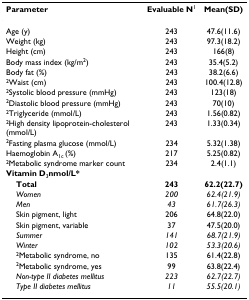
| Parameter | Evaluable N1 | Mean(SD) |
 | --- | --- | --- |
 | Age (y) | 243 | 47.6(11.6) |
 | Weight (kg) | 243 | 97.3(18.2) |
 | Height (cm) | 243 | 166(8) |
 | Body mass index (kg/m2) | 243 | 35.4(5.2) |
 | Body fat (%) | 243 | 38.2(6.6) |
 | 2Waist (cm) | 243 | 100.4(12.8) |
 | 2Systolic blood pressure (mmHg) | 243 | 123(18) |
 | 2Diastolic blood pressure (mmHg) | 243 | 70(10) |
 | 2Triglyceride (mmol/L) | 243 | 1.56(0.82) |
 | 2High density lipoprotein-cholesterol (mmol/L) | 243 | 1.33(0.34) |
 | 2Fasting plasma glucose (mmol/L) | 234 | 5.32(1.38) |
 | Haemoglobin A1c (%) | 217 | 5.25(0.82) |
 | 2Metabolic syndrome marker count | 234 | 2.4(1.1) |
 | Vitamin D3nmol/L* |  |  |
 | Total | 243 | 62.2(22.7) |
 | Women | 200 | 62.4(21.9) |
 | Men | 43 | 61.7(26.3) |
 | Skin pigment, light | 206 | 64.8(22.0) |
 | Skin pigment, variable | 37 | 47.5(20.0) |
 | Summer | 141 | 68.7(21.9) |
 | Winter | 102 | 53.3(20.6) |
 | 2Metabolic syndrome, no | 135 | 61.4(22.8) |
 | 2Metabolic syndrome, yes | 99 | 63.8(22.4) |
 | Non-type II diabetes mellitus | 223 | 62.7(22.7) |
 | Type II diabetes mellitus | 11 | 55.5(20.1) |